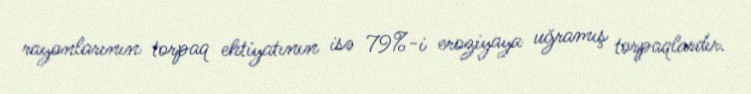
rayonlarının torpaq ehtiyatının isə 79%-i eroziyaya uğramış torpaqlardır.